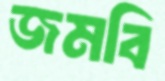
জমবি